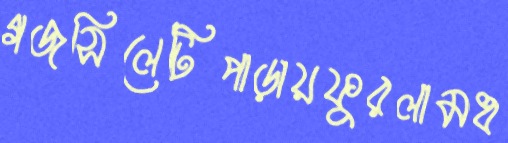
গজসিলেটিপাড়ায়ফুরলামধ